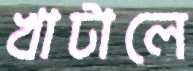
খাটালে